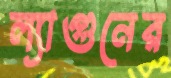
ল্যাগুনের